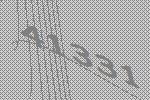
41331